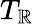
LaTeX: T_{\mathbb{R}}